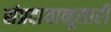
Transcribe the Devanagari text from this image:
संप्रदायानूसारी